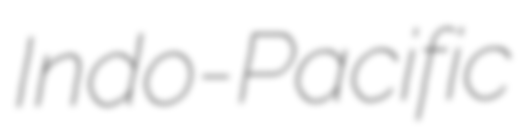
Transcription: Indo-Pacific